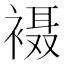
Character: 𫌇